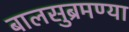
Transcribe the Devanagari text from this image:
बालसुब्रमण्या